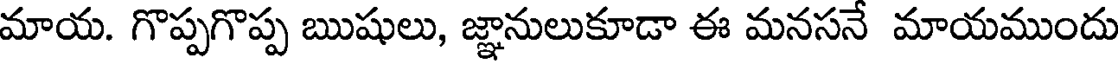
మాయ. గొప్పగొప్ప ఋషులు, జ్ఞానులుకూడా ఈ మనసనే మాయముందు